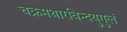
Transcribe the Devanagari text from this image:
चक्रमथारविन्दयुगुलं